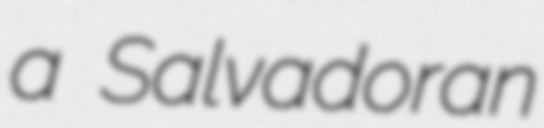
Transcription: a Salvadoran